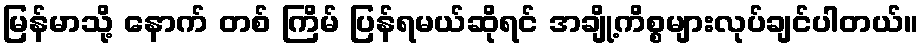
မြန်မာသို့ နောက် တစ် ကြိမ် ပြန်ရမယ်ဆိုရင် အချို့ကိစ္စများလုပ်ချင်ပါတယ်။